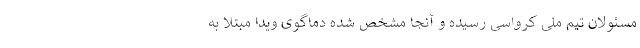
مسئولان تیم ملی کرواسی رسیده و آنجا مشخص شده دماگوی ویدا مبتلا به